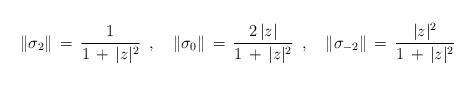
LaTeX: \begin{align*}\|\sigma_2\|\, =\, \frac{1}{1\,+\,|z|^2}\ \,,\ \ \ \|\sigma_0\|\, =\, \frac{2\,|z|}{1\,+\,|z|^2}\ \,,\ \ \ \|\sigma_{-2}\|\, =\, \frac{|z|^2}{1\,+\,|z|^2}\end{align*}